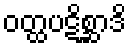
ဝတ္ထပဋိစ္ဆာဒိ